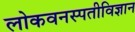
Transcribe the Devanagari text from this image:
लोकवनस्पतीविज्ञान